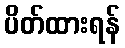
ပိတ်ထားရန်